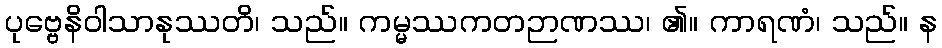
ပုဗ္ဗေနိဝါသာနုဿတိ၊ သည်။ ကမ္မဿကတဉာဏဿ၊ ၏။ ကာရဏံ၊ သည်။ န